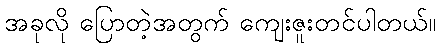
အခုလို ပြောတဲ့အတွက် ကျေးဇူးတင်ပါတယ်။